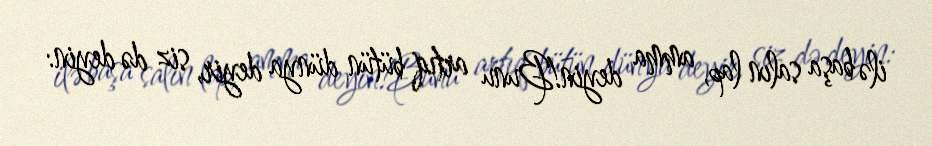
ilə başa salın lap, amma deyin!Bunu artıq bütün dünya deyir, siz də deyin: